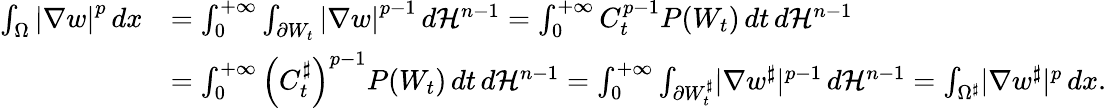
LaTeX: \begin{array}{rl}{\int_{\Omega}{\left|\nabla w\right|}^{p}\, dx}&{=\int_{0}^{+\infty}\int_{\partial W_{t}}{\left|\nabla w\right|}^{p-1}\, d\mathcal{H}^{n-1}=\int_{0}^{+\infty}C_{t}^{p-1}P(W_{t})\, dt\, d\mathcal{H}^{n-1}}\\ &{=\int_{0}^{+\infty}\left(C_{t}^{\sharp}\right)^{p-1}P(W_{t})\, dt\, d\mathcal{H}^{n-1}=\int_{0}^{+\infty}\int_{\partial W_{t}^{\sharp}}\lvert\nabla w^{\sharp}\rvert^{p-1}\, d\mathcal{H}^{n-1}=\int_{\Omega^{\sharp}}\lvert\nabla w^{\sharp}\rvert^{p}\, dx.}\end{array}